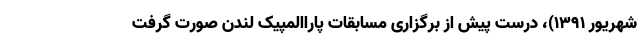
شهریور ۱۳۹۱)، درست پیش از برگزاری مسابقات پاراالمپیک لندن صورت گرفت